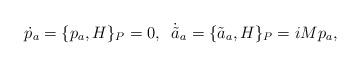
LaTeX: \begin{align*}\dot{p}_a = \{ p_a, H \}_P = 0,\;\; \dot{\tilde a}{ }_a = \{ \tilde{a}_a, H \}_P = iM p_a,\end{align*}